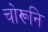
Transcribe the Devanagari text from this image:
चोरूनि